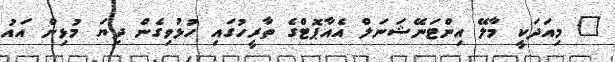
" މިއަދަކީ މާލޭ އިންޓަނޭޝަނަލް އެއާޕޮޓްގެ ތާރީހުގައި ހުޅުވިގެން ދިޔަ މުޅިން އައު